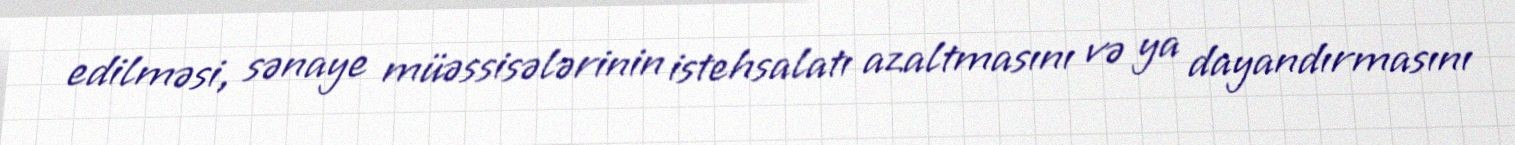
edilməsi, sənaye müəssisələrinin istehsalatı azaltmasını və ya dayandırmasını